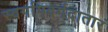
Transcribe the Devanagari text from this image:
स्वर्गापवर्गदातारं